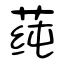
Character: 莼